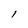
Character: l